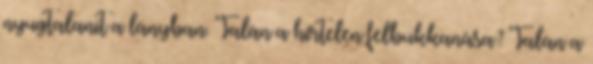
nyugtalanít a lányban. Talán a hirtelen felbukkanása? Talán a